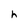
Character: h